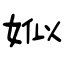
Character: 娰